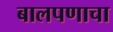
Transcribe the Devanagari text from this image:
बालपणाचा